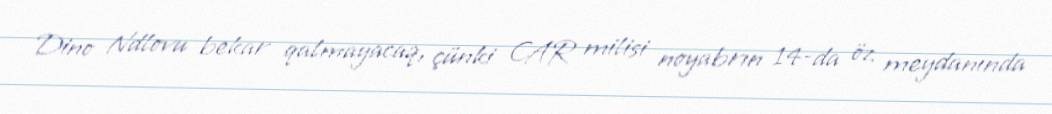
Dino Ndlovu bekar qalmayacaq, çünki CAR milisi noyabrın 14-da öz meydanında